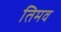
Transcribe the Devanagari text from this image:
तिमव